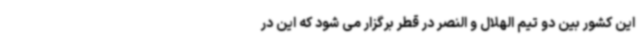
این کشور بین دو تیم الهلال و النصر در قطر برگزار می شود که این در